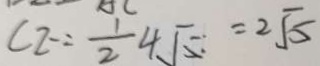
C 2 = \frac { 1 } { 2 } 4 \sqrt { 5 } = 2 \sqrt { 5 }